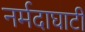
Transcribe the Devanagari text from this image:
नर्मदाघाटी